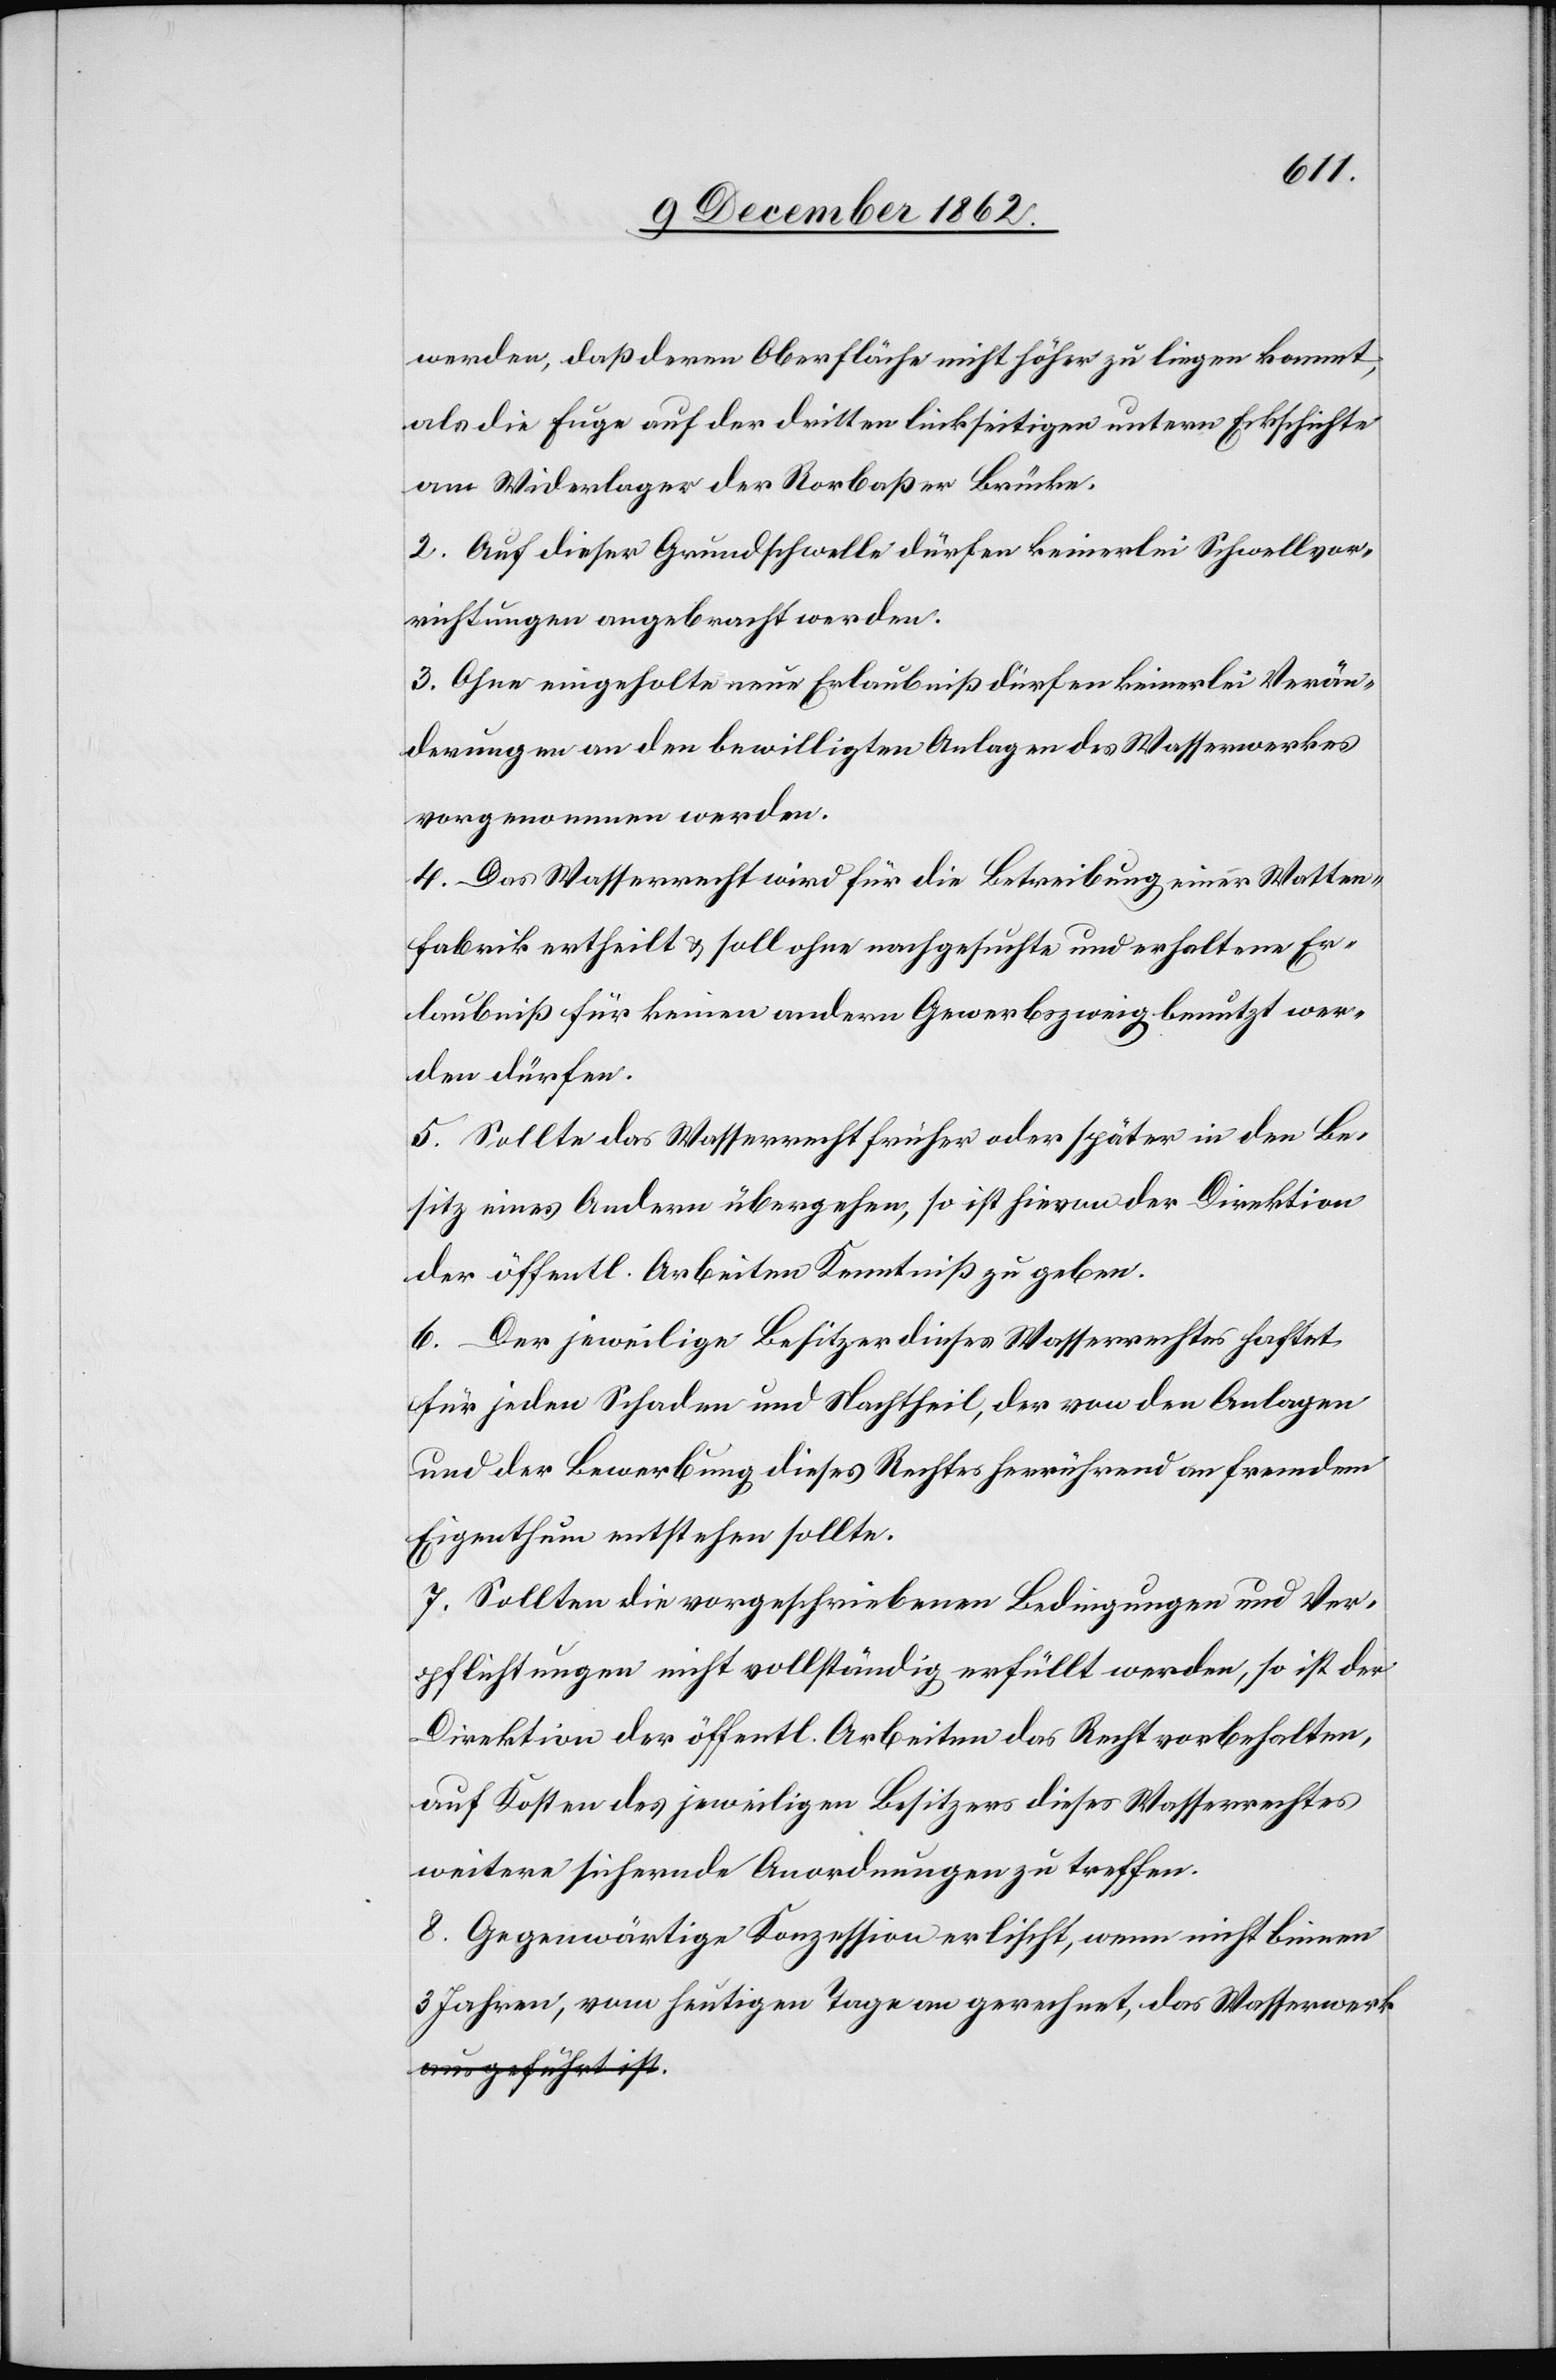
werden, daß deren Oberfläche nicht höher zu liegen kommt,
als die Fuge auf der dritten linkseitigen untern Eckschichte
am Widerlager der Rorbaßer Brücke.
2. Auf dieser Grundschwelle dürfen keinerlei Schwellvor¬
richtungen angebracht werden.
3. Ohne eingeholte neue Erlaubniß dürfen keinerlei Verän¬
derungen an den bewilligten Anlagen des Wasserwerkes
vorgenommen werden.
4. Das Wasserrecht wird für die Betreibung einer Watten¬
fabrik ertheilt u. soll ohne nachgesuchte und erhaltene Er¬
laubniß für keinen andern Gewerbszweig benutzt wer¬
den dürfen.
5. Sollte das Wasserrecht früher oder später in den Be¬
sitz eines Andern übergehen, so ist hievon der Direktion
der öffentl. Arbeiten Kenntniß zu geben.
6. Der jeweilige Besitzer dieses Wasserrechtes haftet
für jeden Schaden und Nachtheil, der von den Anlagen
und der Bewerbung dieses Rechtes herrührend an fremdem
Eigenthum entstehen sollte.
7. Sollten die vorgeschriebenen Bedingungen und Ver¬
pflichtungen nicht vollständig erfüllt werden, so ist der
Direktion der öffentl. Arbeiten das Recht vorbehalten,
auf Kosten des jeweiligen Besitzers dieses Wasserrechtes
weitere sichernde Anordnungen zu treffen.
8. Gegenwärtige Konzession erlischt, wenn nicht binnen
3 Jahren, vom heutigen Tage an gerechnet, das Wasserwerk